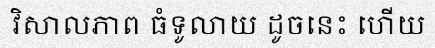
វិសាលភាព ធំទូលាយ ដូចនេះ ហើយ